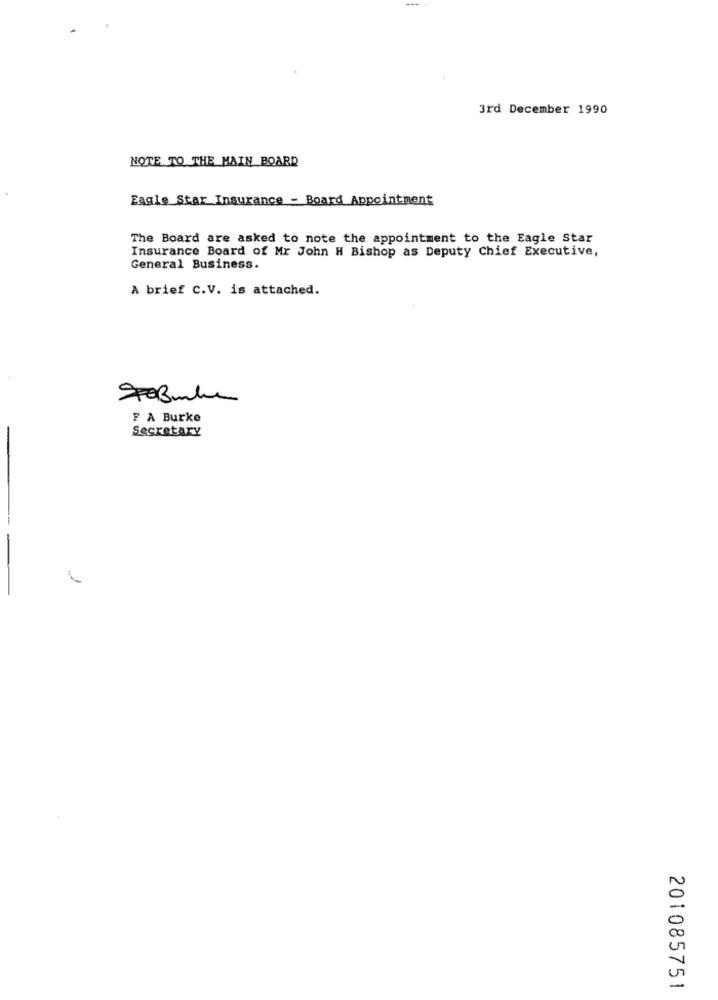
3rd December 1990
NOTE TO THE MAIN BOARD
Eagle Star Insurance - Board Appointment
The Board are asked to note the appointment to the Eagle Star
Insurance Board of Mr John H Bishop as Deputy Chief Executive,
General Business.
A brief C.V. is attached.
F A Burke
Secretary
-
1
201085751